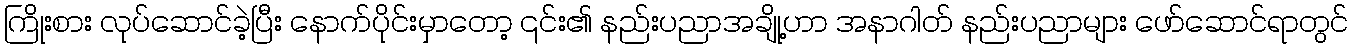
ကြိုးစား လုပ်ဆောင်ခဲ့ပြီး နောက်ပိုင်းမှာတော့ ၎င်း၏ နည်းပညာအချို့ဟာ အနာဂါတ် နည်းပညာများ ဖော်ဆောင်ရာတွင်